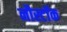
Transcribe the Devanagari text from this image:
नौस्टॉक